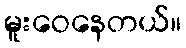
မူးဝေနေတယ်။